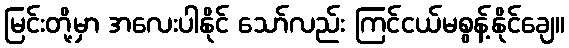
မြင်းတို့မှာ အလေးပါနိုင် သော်လည်း ကြင်ငယ်မစွန့်နိုင်ချေ။